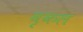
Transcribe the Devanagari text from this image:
वृकल